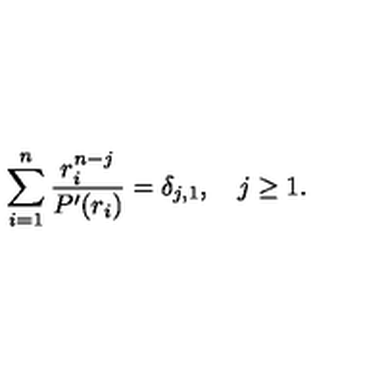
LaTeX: \sum _ { i = 1 } ^ { n } { \frac { r _ { i } ^ { n - j } } { P ^ { \prime } ( r _ { i } ) } } = \delta _ { j , 1 } , \quad j \geq 1 .